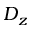
D _ { z }